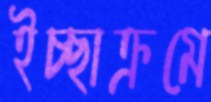
ইচ্ছাক্রমে